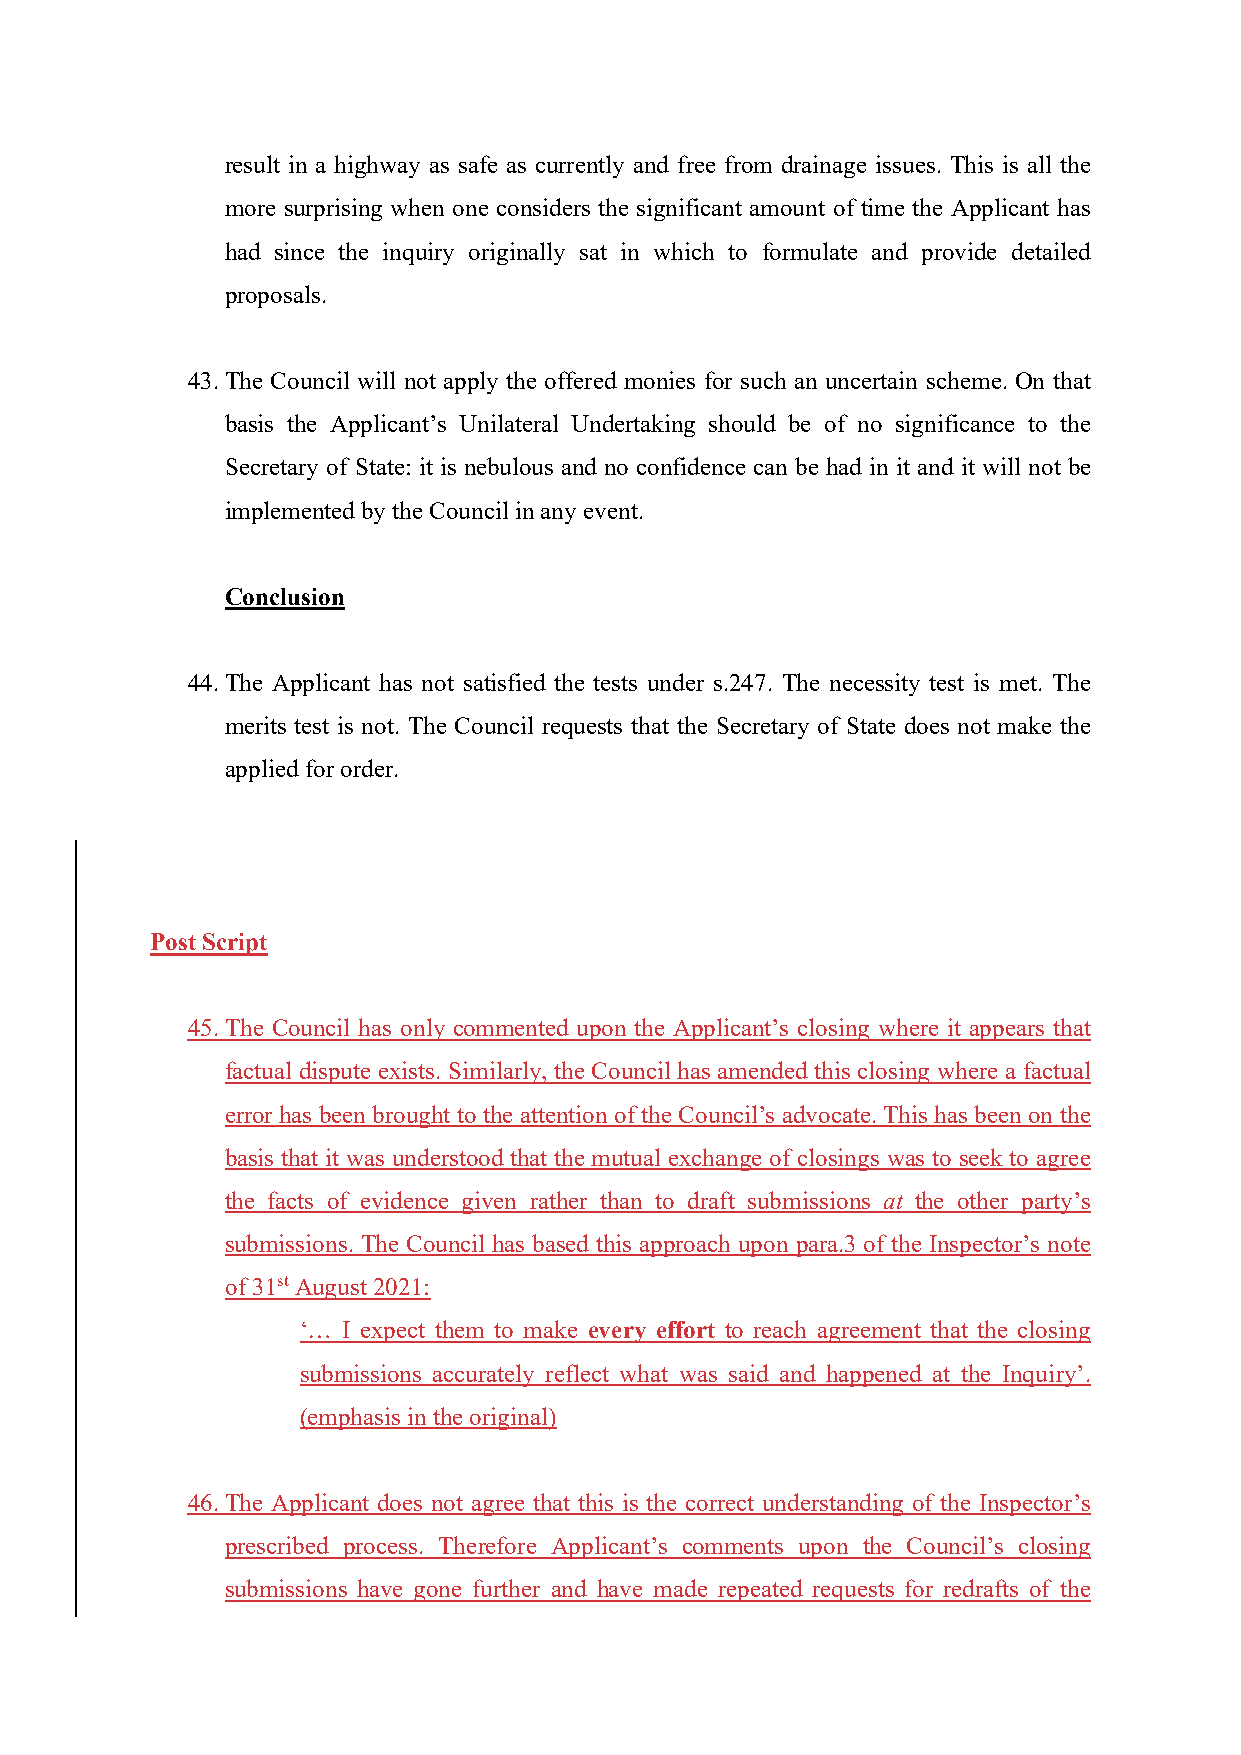
result in a highway as safe as currently and free from drainage issues. This is all the
 more surprising when one considers the significant amount of time the Applicant has
 had since the inquiry originally sat in which to formulate and provide detailed
 proposals.
 43. The Council will not apply the offered monies for such an uncertain scheme. On that
 basis the Applicant’s Unilateral Undertaking should be of no significance to the
 Secretary of State: it is nebulous and no confidence can be had in it and it will not be
 implemented by the Council in any event.
 Conclusion
 44. The Applicant has not satisfied the tests under s.247. The necessity test is met. The
 merits test is not. The Council requests that the Secretary of State does not make the
 applied for order.
 Post Script
 45. The Council has only commented upon the Applicant’s closing where it appears that
 factual dispute exists. Similarly, the Council has amended this closing where a factual
 error has been brought to the attention of the Council’s advocate. This has been on the
 basis that it was understood that the mutual exchange of closings was to seek to agree
 the facts of evidence given rather than to draft submissions at the other party’s
 submissions. The Council has based this approach upon para.3 of the Inspector’s note
 of 31st August 2021:
 ‘… I expect them to make every effort to reach agreement that the closing
 submissions accurately reflect what was said and happened at the Inquiry’.
 (emphasis in the original)
 46. The Applicant does not agree that this is the correct understanding of the Inspector’s
 prescribed process. Therefore Applicant’s comments upon the Council’s closing
 submissions have gone further and have made repeated requests for redrafts of the